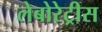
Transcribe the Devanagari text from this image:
लेबोरेट्रीस